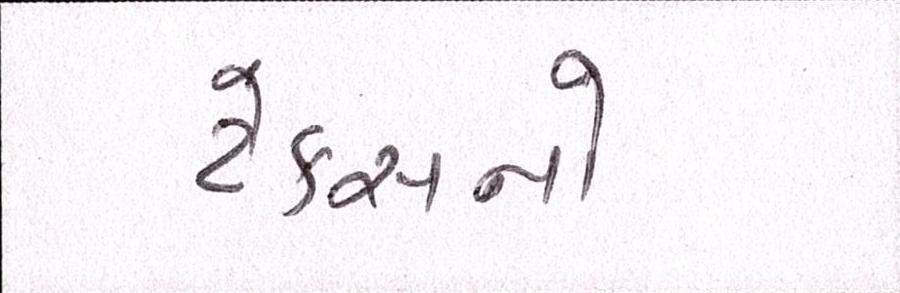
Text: ટેક્સનો